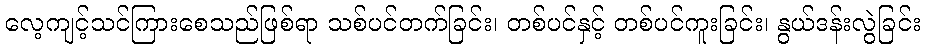
လေ့ကျင့်သင်ကြားစေသည်ဖြစ်ရာ သစ်ပင်တက်ခြင်း၊ တစ်ပင်နှင့် တစ်ပင်ကူးခြင်း၊ နွယ်ဒန်းလွဲခြင်း